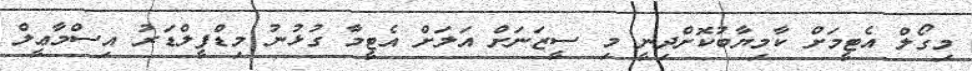
މިގޯލް އެޓީމަށް ކާމިޔާބުކޮށްދިނީ މި ސީޒަނަށް އަލަށް އެޓީމާ ގުޅުނު މިޑްފީލްޑަރު އިސްމާޢީލް